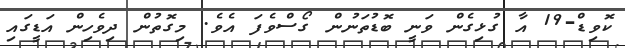
ކޮވިޑް-19 އާ ގުޅިގެން ވަނީ ބޮޑުތަނުން ގޯސްވެފަ އެވެ. މިގޮތުން ދިވެހިން އަޑީގައި